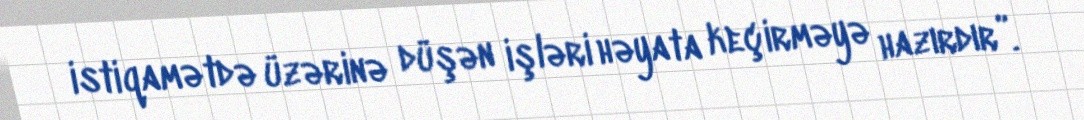
istiqamətdə üzərinə düşən işləri həyata keçirməyə hazırdır”.